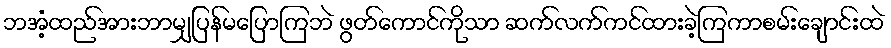
ဘအံ့ထည်အားဘာမျှပြန်မပြောကြဘဲ ဖွတ်ကောင်ကိုသာ ဆက်လက်ကင်ထားခဲ့ကြကာစမ်းချောင်းထဲ